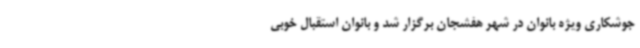
جوشکاری ویژه بانوان در شهر هفشجان برگزار شد و بانوان استقبال خوبی